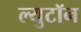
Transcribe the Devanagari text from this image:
ल्युटॉन